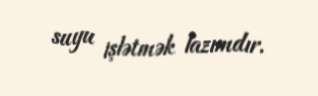
suyu işlətmək lazımdır.